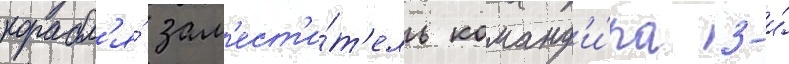
корабл'я́ зам'ест'и́т'ель команд'и́ра 3-и́